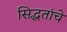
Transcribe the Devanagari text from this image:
सिद्धतांचे